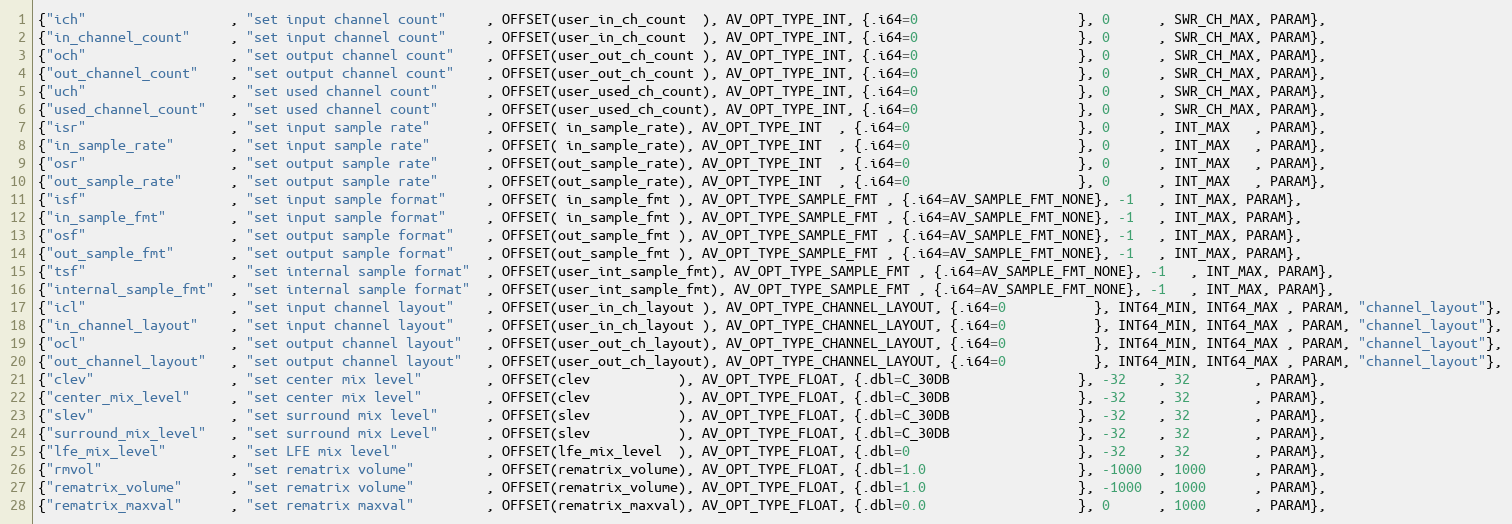
Language: C
{"ich"                  , "set input channel count"     , OFFSET(user_in_ch_count  ), AV_OPT_TYPE_INT, {.i64=0                    }, 0      , SWR_CH_MAX, PARAM},
{"in_channel_count"     , "set input channel count"     , OFFSET(user_in_ch_count  ), AV_OPT_TYPE_INT, {.i64=0                    }, 0      , SWR_CH_MAX, PARAM},
{"och"                  , "set output channel count"    , OFFSET(user_out_ch_count ), AV_OPT_TYPE_INT, {.i64=0                    }, 0      , SWR_CH_MAX, PARAM},
{"out_channel_count"    , "set output channel count"    , OFFSET(user_out_ch_count ), AV_OPT_TYPE_INT, {.i64=0                    }, 0      , SWR_CH_MAX, PARAM},
{"uch"                  , "set used channel count"      , OFFSET(user_used_ch_count), AV_OPT_TYPE_INT, {.i64=0                    }, 0      , SWR_CH_MAX, PARAM},
{"used_channel_count"   , "set used channel count"      , OFFSET(user_used_ch_count), AV_OPT_TYPE_INT, {.i64=0                    }, 0      , SWR_CH_MAX, PARAM},
{"isr"                  , "set input sample rate"       , OFFSET( in_sample_rate), AV_OPT_TYPE_INT  , {.i64=0                     }, 0      , INT_MAX   , PARAM},
{"in_sample_rate"       , "set input sample rate"       , OFFSET( in_sample_rate), AV_OPT_TYPE_INT  , {.i64=0                     }, 0      , INT_MAX   , PARAM},
{"osr"                  , "set output sample rate"      , OFFSET(out_sample_rate), AV_OPT_TYPE_INT  , {.i64=0                     }, 0      , INT_MAX   , PARAM},
{"out_sample_rate"      , "set output sample rate"      , OFFSET(out_sample_rate), AV_OPT_TYPE_INT  , {.i64=0                     }, 0      , INT_MAX   , PARAM},
{"isf"                  , "set input sample format"     , OFFSET( in_sample_fmt ), AV_OPT_TYPE_SAMPLE_FMT , {.i64=AV_SAMPLE_FMT_NONE}, -1   , INT_MAX, PARAM},
{"in_sample_fmt"        , "set input sample format"     , OFFSET( in_sample_fmt ), AV_OPT_TYPE_SAMPLE_FMT , {.i64=AV_SAMPLE_FMT_NONE}, -1   , INT_MAX, PARAM},
{"osf"                  , "set output sample format"    , OFFSET(out_sample_fmt ), AV_OPT_TYPE_SAMPLE_FMT , {.i64=AV_SAMPLE_FMT_NONE}, -1   , INT_MAX, PARAM},
{"out_sample_fmt"       , "set output sample format"    , OFFSET(out_sample_fmt ), AV_OPT_TYPE_SAMPLE_FMT , {.i64=AV_SAMPLE_FMT_NONE}, -1   , INT_MAX, PARAM},
{"tsf"                  , "set internal sample format"  , OFFSET(user_int_sample_fmt), AV_OPT_TYPE_SAMPLE_FMT , {.i64=AV_SAMPLE_FMT_NONE}, -1   , INT_MAX, PARAM},
{"internal_sample_fmt"  , "set internal sample format"  , OFFSET(user_int_sample_fmt), AV_OPT_TYPE_SAMPLE_FMT , {.i64=AV_SAMPLE_FMT_NONE}, -1   , INT_MAX, PARAM},
{"icl"                  , "set input channel layout"    , OFFSET(user_in_ch_layout ), AV_OPT_TYPE_CHANNEL_LAYOUT, {.i64=0           }, INT64_MIN, INT64_MAX , PARAM, "channel_layout"},
{"in_channel_layout"    , "set input channel layout"    , OFFSET(user_in_ch_layout ), AV_OPT_TYPE_CHANNEL_LAYOUT, {.i64=0           }, INT64_MIN, INT64_MAX , PARAM, "channel_layout"},
{"ocl"                  , "set output channel layout"   , OFFSET(user_out_ch_layout), AV_OPT_TYPE_CHANNEL_LAYOUT, {.i64=0           }, INT64_MIN, INT64_MAX , PARAM, "channel_layout"},
{"out_channel_layout"   , "set output channel layout"   , OFFSET(user_out_ch_layout), AV_OPT_TYPE_CHANNEL_LAYOUT, {.i64=0           }, INT64_MIN, INT64_MAX , PARAM, "channel_layout"},
{"clev"                 , "set center mix level"        , OFFSET(clev           ), AV_OPT_TYPE_FLOAT, {.dbl=C_30DB                }, -32    , 32        , PARAM},
{"center_mix_level"     , "set center mix level"        , OFFSET(clev           ), AV_OPT_TYPE_FLOAT, {.dbl=C_30DB                }, -32    , 32        , PARAM},
{"slev"                 , "set surround mix level"      , OFFSET(slev           ), AV_OPT_TYPE_FLOAT, {.dbl=C_30DB                }, -32    , 32        , PARAM},
{"surround_mix_level"   , "set surround mix Level"      , OFFSET(slev           ), AV_OPT_TYPE_FLOAT, {.dbl=C_30DB                }, -32    , 32        , PARAM},
{"lfe_mix_level"        , "set LFE mix level"           , OFFSET(lfe_mix_level  ), AV_OPT_TYPE_FLOAT, {.dbl=0                     }, -32    , 32        , PARAM},
{"rmvol"                , "set rematrix volume"         , OFFSET(rematrix_volume), AV_OPT_TYPE_FLOAT, {.dbl=1.0                   }, -1000  , 1000      , PARAM},
{"rematrix_volume"      , "set rematrix volume"         , OFFSET(rematrix_volume), AV_OPT_TYPE_FLOAT, {.dbl=1.0                   }, -1000  , 1000      , PARAM},
{"rematrix_maxval"      , "set rematrix maxval"         , OFFSET(rematrix_maxval), AV_OPT_TYPE_FLOAT, {.dbl=0.0                   }, 0      , 1000      , PARAM},